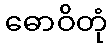
ဓောဝိတုံ